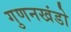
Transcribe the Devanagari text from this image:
गुणनखंडो